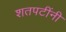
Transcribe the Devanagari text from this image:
शतपटींनी